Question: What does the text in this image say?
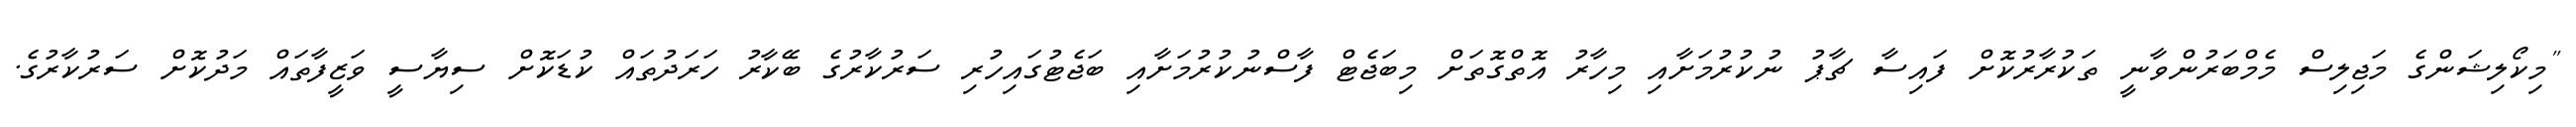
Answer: "މިކޯލިޝަންގެ މަޖިލިސް މެމްބަރުންވާނީ ތަކުރާރުކޮށް ފައިސާ ޗާޕު ނުކުރުމަށާއި މިހާރު އޮތްގޮތަށް މިބަޖެޓް ފާސްނުކުރުމަށާއި ބަޖެޓުގައިހުރި ސަރުކާރުގެ ބޭކާރު ހަރަދުތައް ކުޑަކޮށް ސިޔާސީ ވަޒީފާތައް މަދުކޮށް ސަރުކާރުގެ.